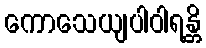
ကောသေယျပါဝါရန္တိ